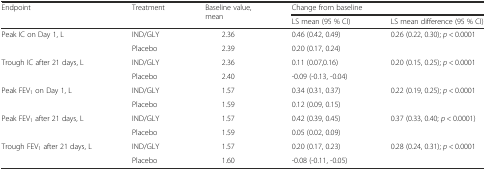
| <ROWSPAN=2> Endpoint | <ROWSPAN=2> Treatment | <ROWSPAN=2> Baseline value, mean | <COLSPAN=2> Change from baseline |
 | LS mean (95 % CI) | LS mean difference (95 % CI) |
 | --- | --- | --- | --- | --- |
 | <ROWSPAN=2> Peak IC on Day 1, L | IND/GLY | 2.36 | 0.46 (0.42, 0.49) | <ROWSPAN=2> 0.26 (0.22, 0.30); p < 0.0001 |
 | Placebo | 2.39 | 0.20 (0.17, 0.24) |
 | <ROWSPAN=2> Trough IC after 21 days, L | IND/GLY | 2.36 | 0.11 (0.07,0.16) | <ROWSPAN=2> 0.20 (0.15, 0.25); p < 0.0001 |
 | Placebo | 2.40 | -0.09 (-0.13, -0.04) |
 | <ROWSPAN=2> Peak FEV1 on Day 1, L | IND/GLY | 1.57 | 0.34 (0.31, 0.37) | <ROWSPAN=2> 0.22 (0.19, 0.25); p < 0.0001 |
 | Placebo | 1.59 | 0.12 (0.09, 0.15) |
 | <ROWSPAN=2> Peak FEV1 after 21 days, L | IND/GLY | 1.57 | 0.42 (0.39, 0.45) | <ROWSPAN=2> 0.37 (0.33, 0.40; p < 0.0001) |
 | Placebo | 1.59 | 0.05 (0.02, 0.09) |
 | <ROWSPAN=2> Trough FEV1 after 21 days, L | IND/GLY | 1.57 | 0.20 (0.17, 0.23) | <ROWSPAN=2> 0.28 (0.24, 0.31); p < 0.0001 |
 | Placebo | 1.60 | -0.08 (-0.11, -0.05) |